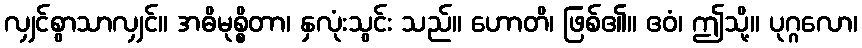
လျှင်စွာသာလျှင်။ အဓိမုစ္စိတာ၊ နှလုံးသွင်း သည်။ ဟောတိ၊ ဖြစ်၏။ ဧဝံ၊ ဤသို့။ ပုဂ္ဂလော၊